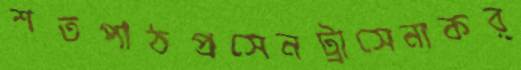
শতপাঠপ্রসেনট্রাসেনাকর্